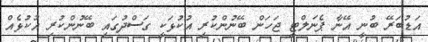
އަޑުބަރޭ ބުނީ އޭނާ ޕެނަލްޓީ ޖަހަން ބޭނުންކުރި އުކުޅަކީ ގަސްދުގައި ބޭނުންކުރި އުކުޅެއް